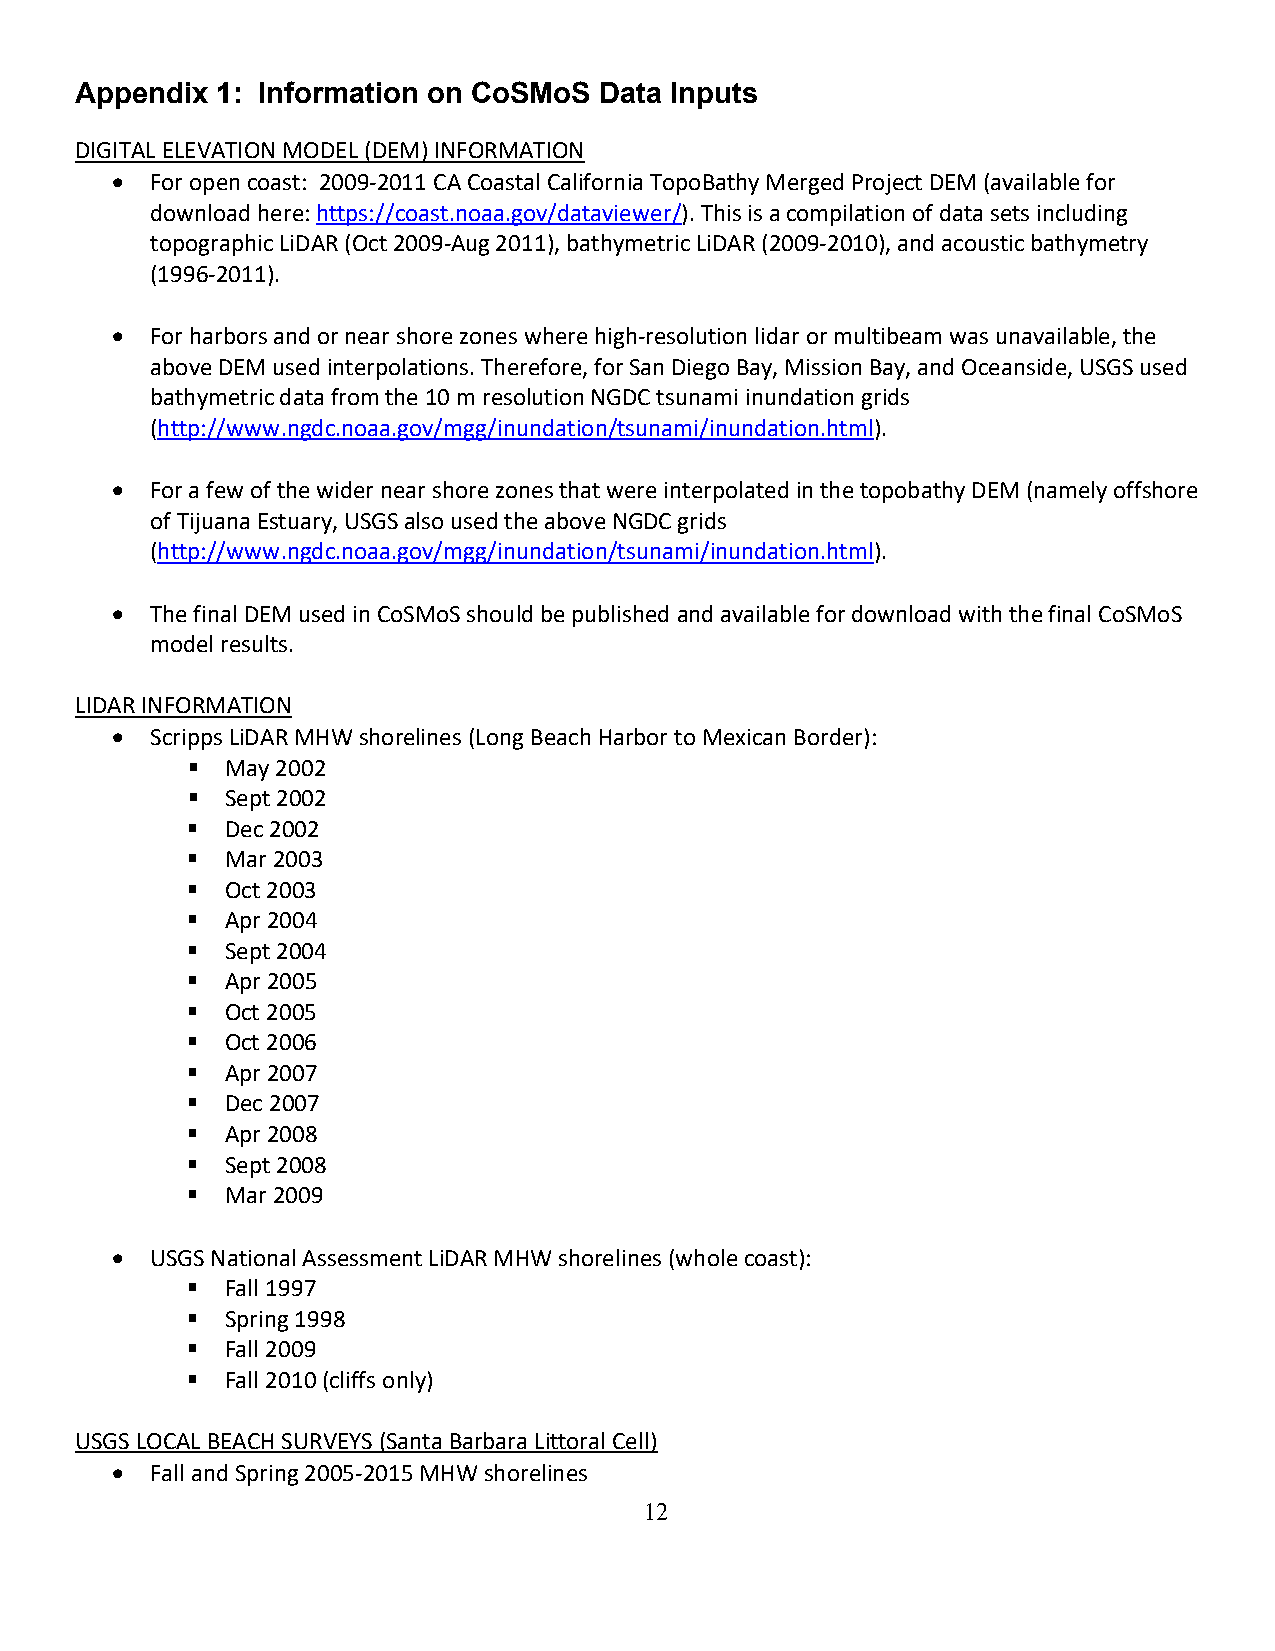
Appendix 1: Information on CoSMoS  Data Inputs
 DIGITAL ELEVATION MODEL (DEM) INFORMATION
 •  For open coast: 2009-2011 CA Coastal California TopoBathy Merged Project DEM (available for
 download here: https://coast.noaa.gov/dataviewer/). This is a compilation of data sets including
 topographic LiDAR (Oct 2009-Aug 2011), bathymetric LiDAR (2009-2010), and acoustic bathymetry
 (1996-2011).
 •  For harbors and or near shore zones where high-resolution lidar or multibeam was unavailable, the
 above DEM used interpolations. Therefore, for San Diego Bay, Mission Bay, and Oceanside, USGS used
 bathymetric data from the 10 m resolution NGDC tsunami inundation grids
 (http://www.ngdc.noaa.gov/mgg/inundation/tsunami/inundation.html).
 •  For a few of the wider near shore zones that were interpolated in the topobathy DEM (namely offshore
 of Tijuana Estuary, USGS also used the above NGDC grids
 (http://www.ngdc.noaa.gov/mgg/inundation/tsunami/inundation.html).
 •  The final DEM used in CoSMoS should be published and available for download with the final CoSMoS
 model results.
 LIDAR INFORMATION
 •  Scripps LiDAR MHW shorelines (Long Beach Harbor to Mexican Border):
   May 2002
   Sept 2002
   Dec 2002
   Mar 2003
   Oct 2003
   Apr 2004
   Sept 2004
   Apr 2005
   Oct 2005
   Oct 2006
   Apr 2007
   Dec 2007
   Apr 2008
   Sept 2008
   Mar 2009
 •  USGS National Assessment LiDAR MHW shorelines (whole coast):
   Fall 1997
   Spring 1998
   Fall 2009
   Fall 2010 (cliffs only)
 USGS LOCAL BEACH SURVEYS (Santa Barbara Littoral Cell)
 •  Fall and Spring 2005-2015 MHW shorelines
 12